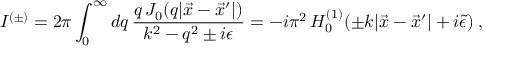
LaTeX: I ^ { ( \pm ) } = 2 \pi \int _ { 0 } ^ { \infty } d q \, \frac { q \, J _ { 0 } ( q | \vec { x } - \vec { x } ^ { \prime } | ) } { k ^ { 2 } - q ^ { 2 } \pm i \epsilon } = - i \pi ^ { 2 } \, H _ { 0 } ^ { ( 1 ) } ( \pm k | \vec { x } - \vec { x } ^ { \prime } | + i \tilde { \epsilon } ) \; ,